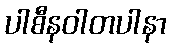
ပါစီနဝါတပါနာ